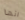
انها